Indian journal of veterinary science and animal husbandry - Volume 10,
Year: 1940
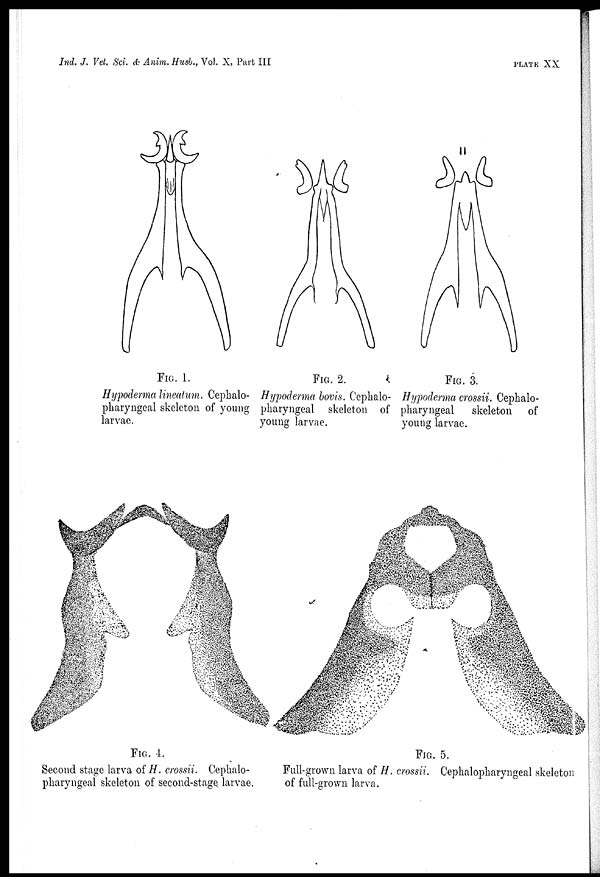
Ind. J. Vet. Sci. & Anim. Husb., Vol. X, Part III
PLATE
XX
FIG. 1.
Hypoderma lineatum. Cephalo-
pharyngeal skeleton of young
larvae.
FIG. 2.
Hypoderma bovis. Cephalo-
pharyngeal skeleton of
young larvae.
FIG. 3.
Hypoderma crossii. Cephalo-
pharyngeal
skeleton of
young larvae.
FIG. 4.
Second stage larva of H. crossii. Cephalo-
pharyngeal skeleton of second-stage larvae.
FIG. 5.
Full-grown larva of H. crossii. Cephalopharyngeal skeleton
of full-grown larva.